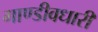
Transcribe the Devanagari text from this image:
गाण्डीवधारी